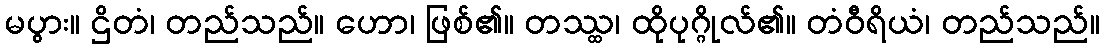
မပွား။ ဌိတံ၊ တည်သည်။ ဟော၊ ဖြစ်၏။ တဿ္ထ၊ ထိုပုဂ္ဂိုလ်၏။ တံဝီရိယံ၊ တည်သည်။